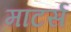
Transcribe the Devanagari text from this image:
माटर्स